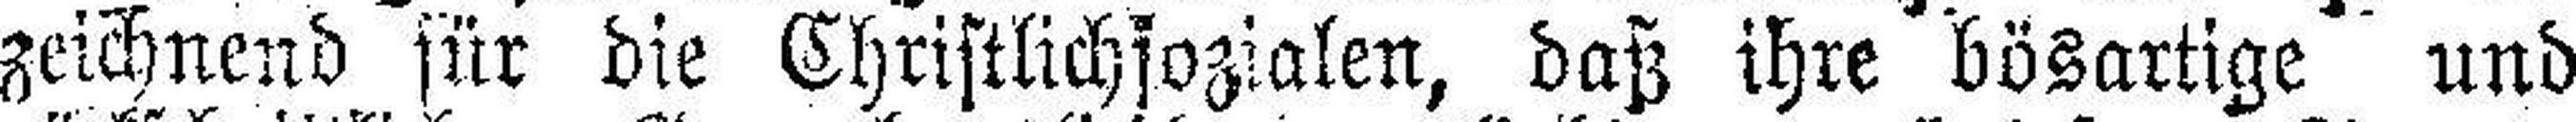
zeichnend für die Christlichsozialen, daß ihre bösartige und